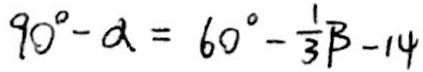
9 0 ^ { \circ } - \alpha = 6 0 ^ { \circ } - \frac { 1 } { 3 } \beta - 1 4